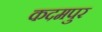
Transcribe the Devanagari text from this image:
कदमपुर